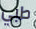
طبي